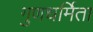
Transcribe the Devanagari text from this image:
गुणधर्मिता